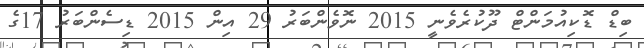
ބިޑް ޑޮކިއުމަންޓް ދޫކުރެވެނީ 2015 ނޮވެންބަރު 29 އިން 2015 ޑިސެންބަރު 17ގެ